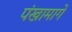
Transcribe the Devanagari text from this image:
पंखामागे